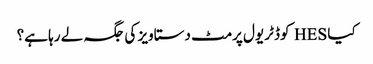
کیا HES کوڈ ٹریول پرمٹ دستاویز کی جگہ لے رہا ہے؟